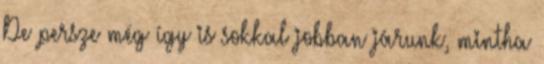
De persze még így is sokkal jobban járunk, mintha